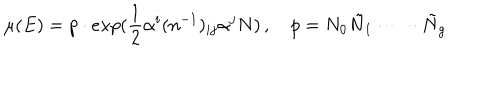
\mu ( E ) = p \cdot e x p ( \frac { 1 } { 2 } \alpha ^ { i } ( n ^ { - 1 } ) _ { i j } \alpha ^ { j } N ) \, , \quad p = N _ { 0 } \tilde { N } _ { 1 } \cdot \dots \cdot \tilde { N } _ { g }